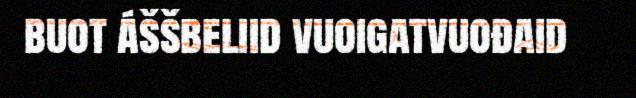
buot áššbeliid vuoigatvuođaid